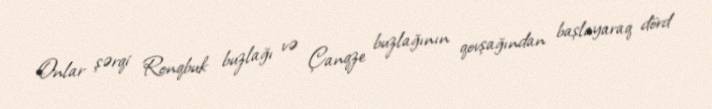
Onlar şərqi Ronqbuk buzlağı və Çanqze buzlağının qovşağından başlayaraq dörd